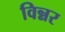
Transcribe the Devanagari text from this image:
विन्नर